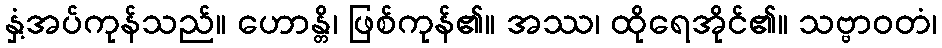
နှံ့အပ်ကုန်သည်။ ဟောန္တိ၊ ဖြစ်ကုန်၏။ အဿ၊ ထိုရေအိုင်၏။ သဗ္ဗာဝတံ၊